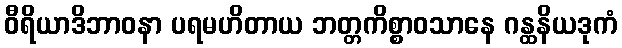
ဝီရိယာဒိဘာဝနာ ပရမဟိတာယ ဘတ္တကိစ္စာဝသာနေ ဂန္ထနိယဒုကံ